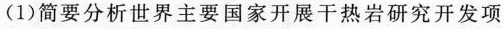
(1)简要分析世界主要国家开展干热岩研究开发项